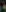
+